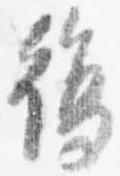
復